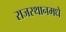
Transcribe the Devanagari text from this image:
राजस्थानमधे